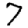
Digit: 7